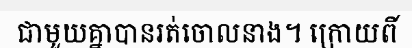
ជាមួយគ្នាបានរត់ចោលនាង។ ក្រោយពី